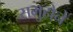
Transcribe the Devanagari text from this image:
समुहोने